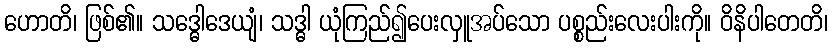
ဟောတိ၊ ဖြစ်၏။ သဒ္ဓေါဒေယျံ၊ သဒ္ဓါ ယုံကြည်၍ပေးလှူအပ်သော ပစ္စည်းလေးပါးကို။ ဝိနိပါတေတိ၊